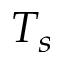
T _ { s }